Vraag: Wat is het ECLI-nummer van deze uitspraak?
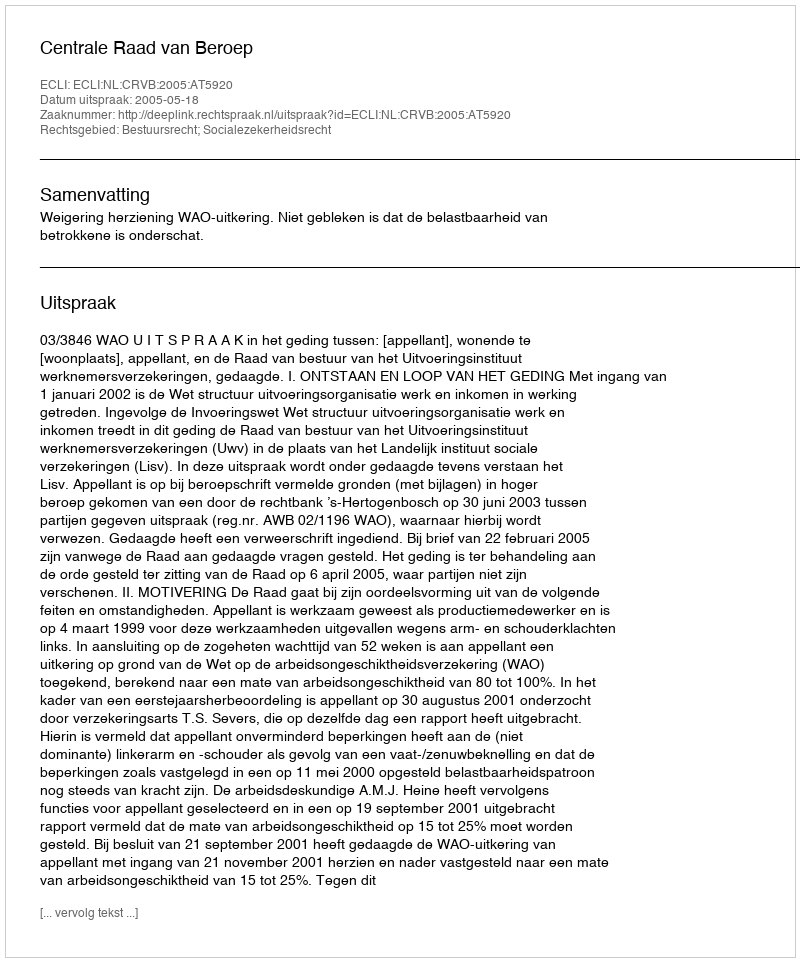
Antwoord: ECLI:NL:CRVB:2005:AT5920